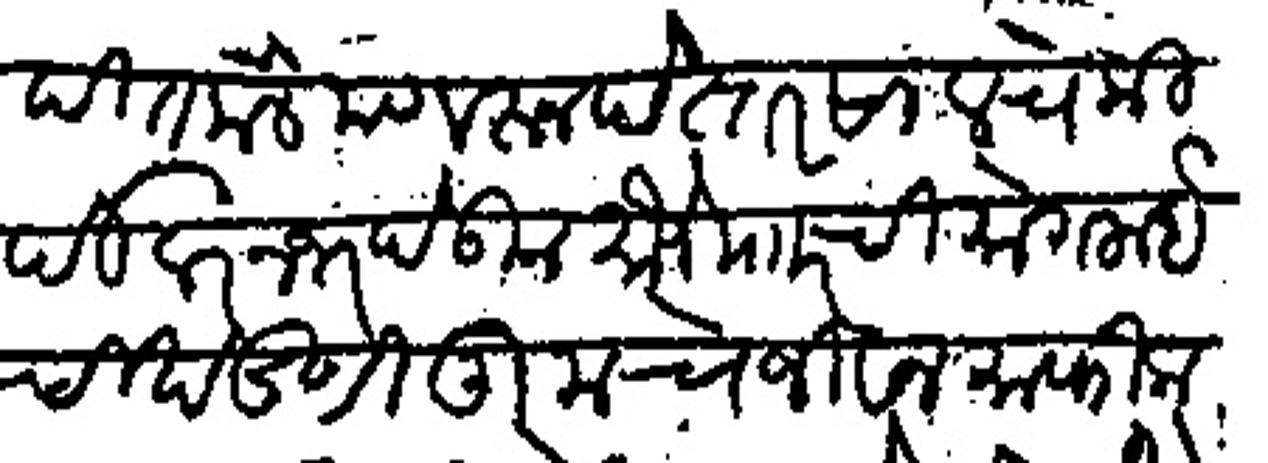
Transliteration (Devanagari): विदीत केले त्यावरून पेस्तर सालचे कीर्दीवर नजर देऊन मौजे मार ची मोगलाईची खंडणी तुमचे जीवन माफिक